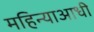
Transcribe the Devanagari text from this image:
महिन्याआधी